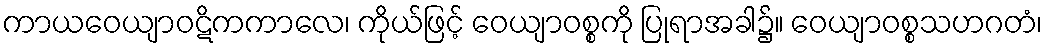
ကာယဝေယျာဝဋိကကာလေ၊ ကိုယ်ဖြင့် ဝေယျာဝစ္စကို ပြုရာအခါ၌။ ဝေယျာဝစ္စသဟဂတံ၊